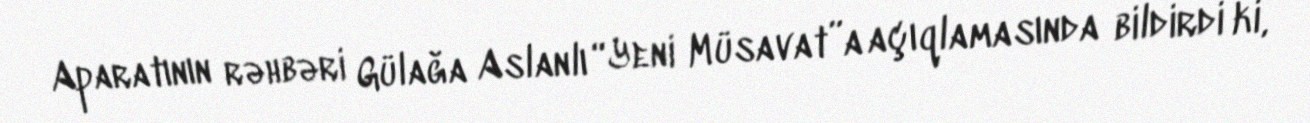
Aparatının rəhbəri Gülağa Aslanlı “Yeni Müsavat”a açıqlamasında bildirdi ki,